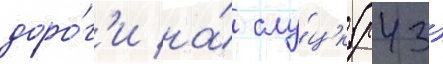
доро́г'и на́ слу́цк (р43)